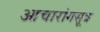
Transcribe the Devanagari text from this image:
आचारांगसूत्र